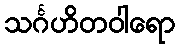
သင်္ဂဟိတဝါရော